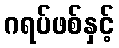
ဂရပ်ဖစ်နှင့်